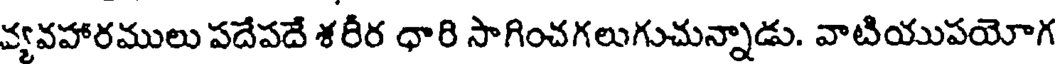
వ్యవహారములు పదేపదే శరీర ధారి సాగించగలుగుచున్నాడు. వాటియుపయోగ